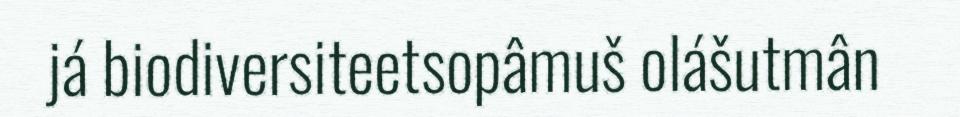
já biodiversiteetsopâmuš olášutmân